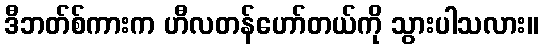
ဒီဘတ်စ်ကားက ဟီလတန်ဟော်တယ်ကို သွားပါသလား။